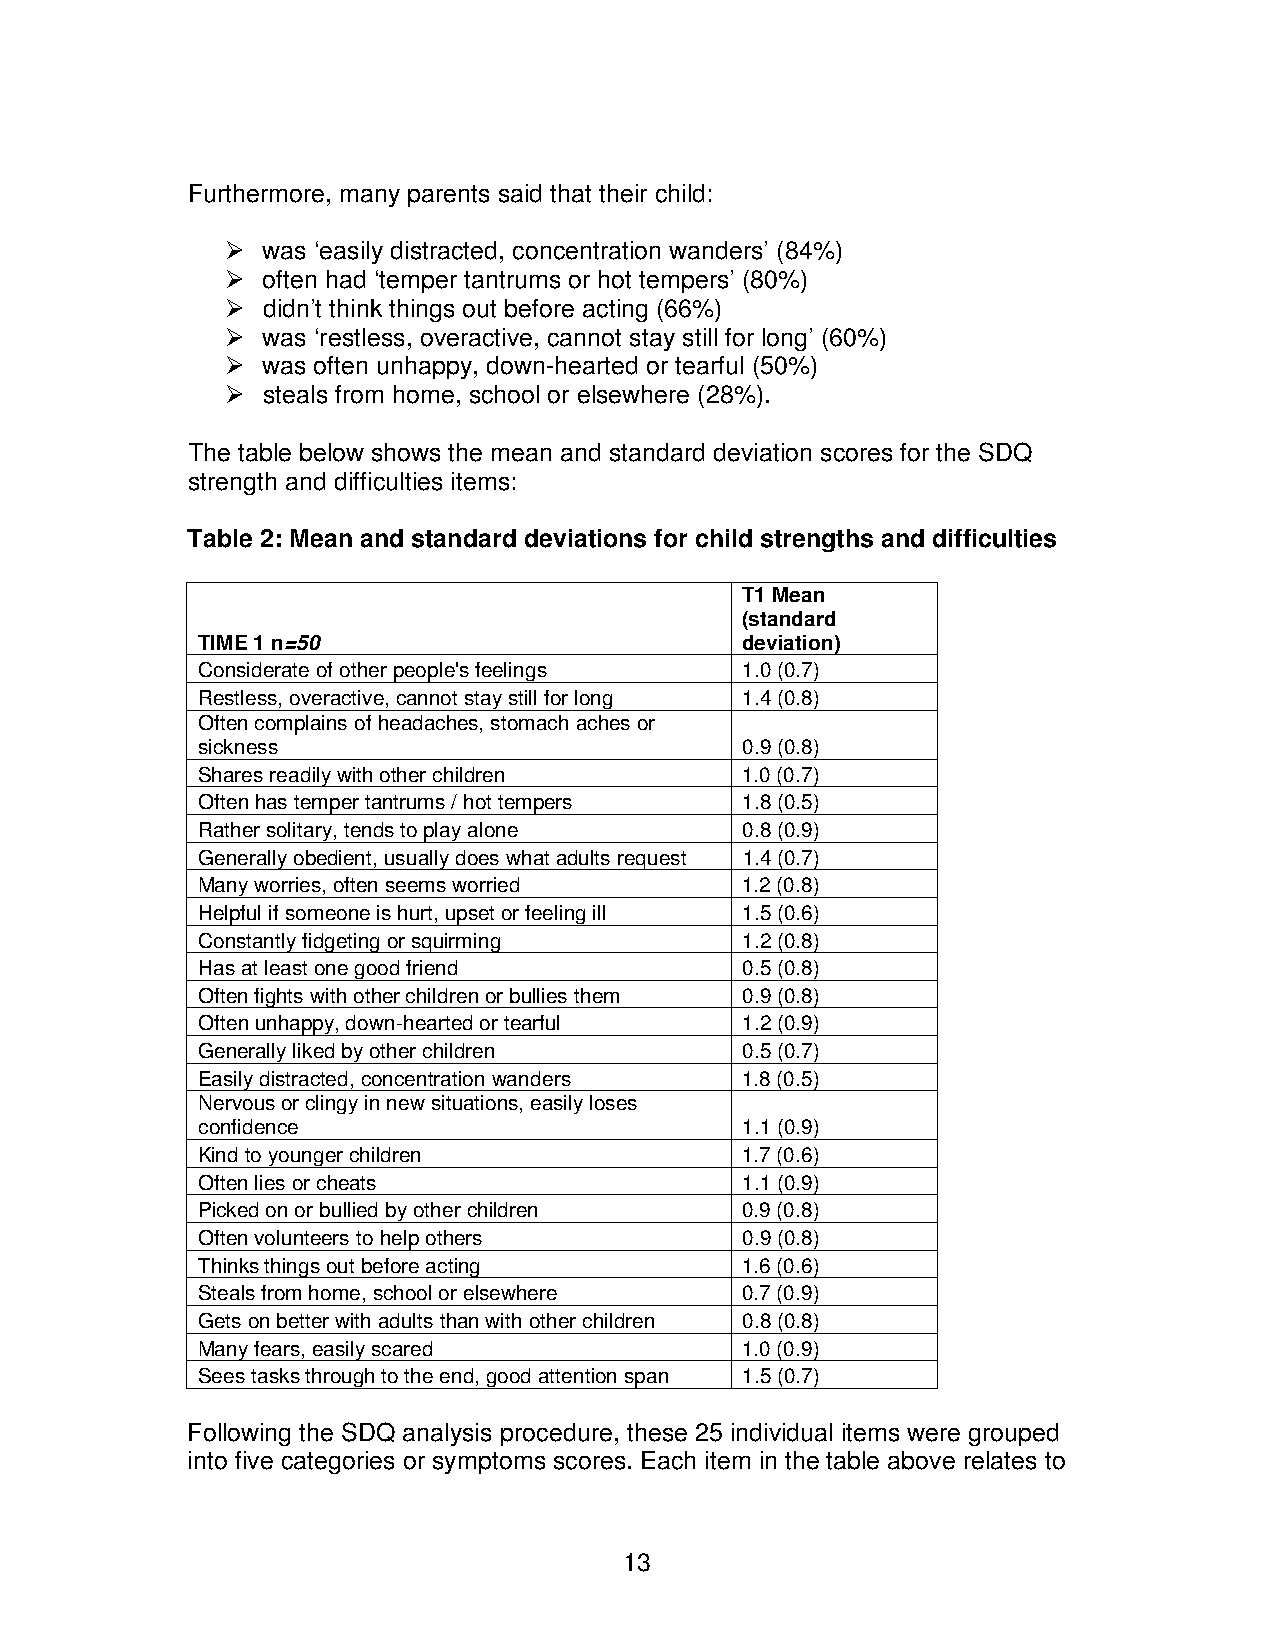
Furthermore, many parents said that their child:
  was ‘easily distracted, concentration wanders’ (84%)
  often had ‘temper tantrums or hot tempers’ (80%)
  didn’t think things out before acting (66%)
  was ‘restless, overactive, cannot stay still for long’ (60%)
  was often unhappy, down-hearted or tearful (50%)
  steals from home, school or elsewhere (28%).
 The table below shows the mean and standard deviation scores for the SDQ
 strength and difficulties items:
 Table 2: Mean and standard deviations for child strengths and difficulties
 T1 Mean
 (standard
 TIME 1 n=50                         deviation)
 Considerate of other people's feelings 1.0 (0.7)
 Restless, overactive, cannot stay still for long 1.4 (0.8)
 Often complains of headaches, stomach aches or
 sickness                            0.9 (0.8)
 Shares readily with other children  1.0 (0.7)
 Often has temper tantrums / hot tempers 1.8 (0.5)
 Rather solitary, tends to play alone 0.8 (0.9)
 Generally obedient, usually does what adults request 1.4 (0.7)
 Many worries, often seems worried   1.2 (0.8)
 Helpful if someone is hurt, upset or feeling ill 1.5 (0.6)
 Constantly fidgeting or squirming   1.2 (0.8)
 Has at least one good friend        0.5 (0.8)
 Often fights with other children or bullies them 0.9 (0.8)
 Often unhappy, down-hearted or tearful 1.2 (0.9)
 Generally liked by other children   0.5 (0.7)
 Easily distracted, concentration wanders 1.8 (0.5)
 Nervous or clingy in new situations, easily loses
 confidence                          1.1 (0.9)
 Kind to younger children            1.7 (0.6)
 Often lies or cheats                1.1 (0.9)
 Picked on or bullied by other children 0.9 (0.8)
 Often volunteers to help others     0.9 (0.8)
 Thinks things out before acting     1.6 (0.6)
 Steals from home, school or elsewhere 0.7 (0.9)
 Gets on better with adults than with other children 0.8 (0.8)
 Many fears, easily scared           1.0 (0.9)
 Sees tasks through to the end, good attention span 1.5 (0.7)
 Following the SDQ analysis procedure, these 25 individual items were grouped
 into five categories or symptoms scores. Each item in the table above relates to
 13